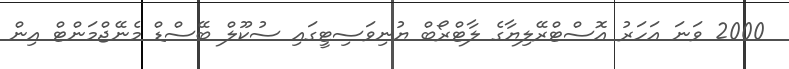
2000 ވަނަ އަހަރު އޮސްޓްރޭލިޔާގެ ލާޓްރޯބް ޔުނިވަސިޓީގައި ސުކޫލް ބޭސްޑް މެނޭޖްމަންޓް އިން